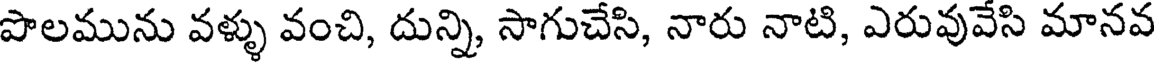
పొలమును వళ్ళు వంచి, దున్ని, సాగుచేసి, నారు నాటి, ఎరువువేసి మానవ